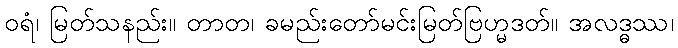
ဝရံ၊ မြတ်သနည်း။ တာတ၊ ခမည်းတော်မင်းမြတ်ဗြဟ္မဒတ်။ အလဒ္ဓဿ၊